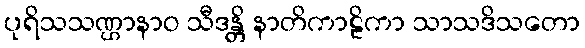
ပုရိသသဏ္ဌာနာဝ သီဒန္တိ နာတိကာဠိကာ သာသဒိသတော